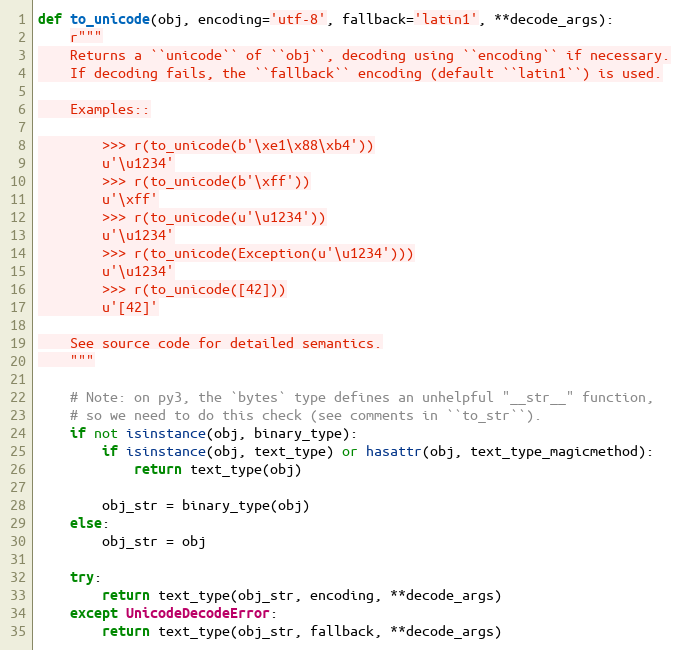
Language: Python
def to_unicode(obj, encoding='utf-8', fallback='latin1', **decode_args):
    r"""
    Returns a ``unicode`` of ``obj``, decoding using ``encoding`` if necessary.
    If decoding fails, the ``fallback`` encoding (default ``latin1``) is used.

    Examples::

        >>> r(to_unicode(b'\xe1\x88\xb4'))
        u'\u1234'
        >>> r(to_unicode(b'\xff'))
        u'\xff'
        >>> r(to_unicode(u'\u1234'))
        u'\u1234'
        >>> r(to_unicode(Exception(u'\u1234')))
        u'\u1234'
        >>> r(to_unicode([42]))
        u'[42]'

    See source code for detailed semantics.
    """

    # Note: on py3, the `bytes` type defines an unhelpful "__str__" function,
    # so we need to do this check (see comments in ``to_str``).
    if not isinstance(obj, binary_type):
        if isinstance(obj, text_type) or hasattr(obj, text_type_magicmethod):
            return text_type(obj)

        obj_str = binary_type(obj)
    else:
        obj_str = obj

    try:
        return text_type(obj_str, encoding, **decode_args)
    except UnicodeDecodeError:
        return text_type(obj_str, fallback, **decode_args)